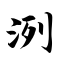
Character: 洌